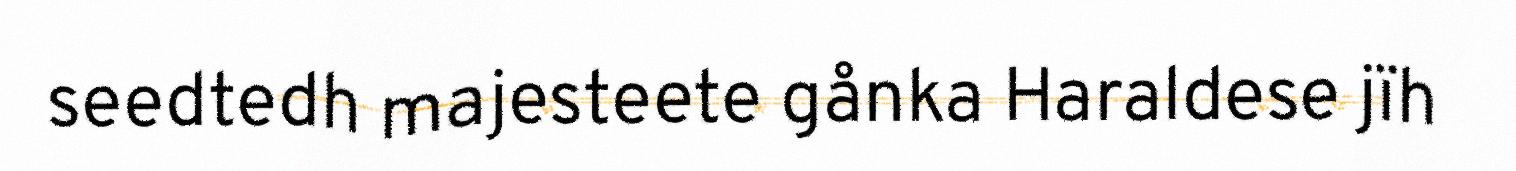
seedtedh majesteete gånka Haraldese jïh